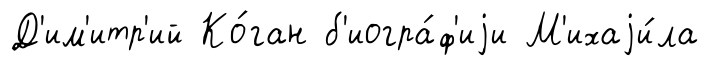
Д'им'итр'ий Ко́ган б'иогра́ф'иjи М'ихаjи́ла